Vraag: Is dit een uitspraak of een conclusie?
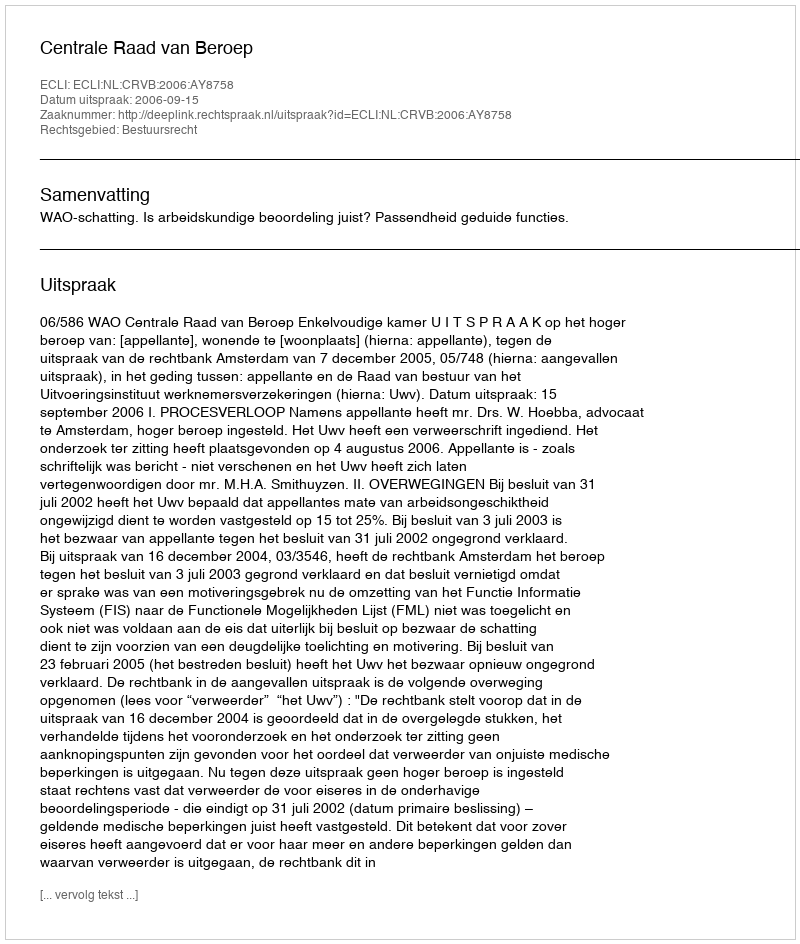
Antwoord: Uitspraak